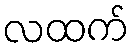
လထက်